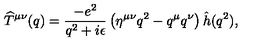
\widehat T ^ { \mu \nu } ( q ) = { \frac { - e ^ { 2 } } { q ^ { 2 } + i \epsilon } } \left( \eta ^ { \mu \nu } q ^ { 2 } - q ^ { \mu } q ^ { \nu } \right) \hat { h } ( q ^ { 2 } ) ,